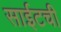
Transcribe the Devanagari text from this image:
साईटची